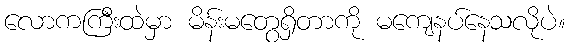
လောကကြီးထဲမှာ မိန်းမတွေရှိတာကို မကျေနပ်နေသလိုပဲ။